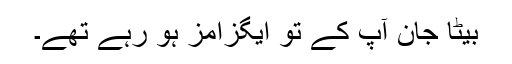
بیٹا جان آپ کے تو ایگزامز ہو رہے تھے۔